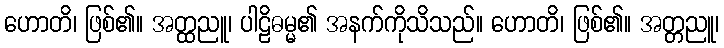
ဟောတိ၊ ဖြစ်၏။ အတ္ထညူ၊ ပါဠိဓမ္မ၏ အနက်ကိုသိသည်။ ဟောတိ၊ ဖြစ်၏။ အတ္တညူ၊